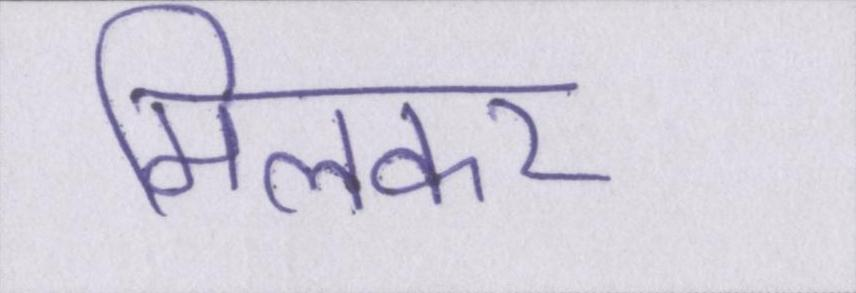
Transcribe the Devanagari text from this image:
मिलकर